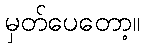
မှတ်ပေတော့။